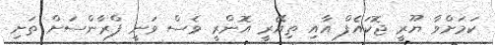
ކަމަށްވާ ޔޫރީ ޖޮކައެފް އާއި ތިއޭރީ އޮންރީ ވެސް ވަނީ ފްރާންސަށް ތަށި